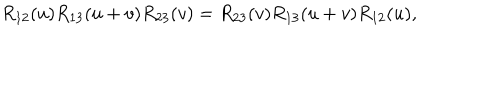
R _ { 1 2 } ( u ) R _ { 1 3 } ( u + v ) R _ { 2 3 } ( v ) = R _ { 2 3 } ( v ) R _ { 1 3 } ( u + v ) R _ { 1 2 } ( u ) ,